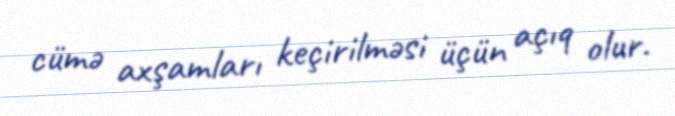
cümə axşamları keçirilməsi üçün açıq olur.